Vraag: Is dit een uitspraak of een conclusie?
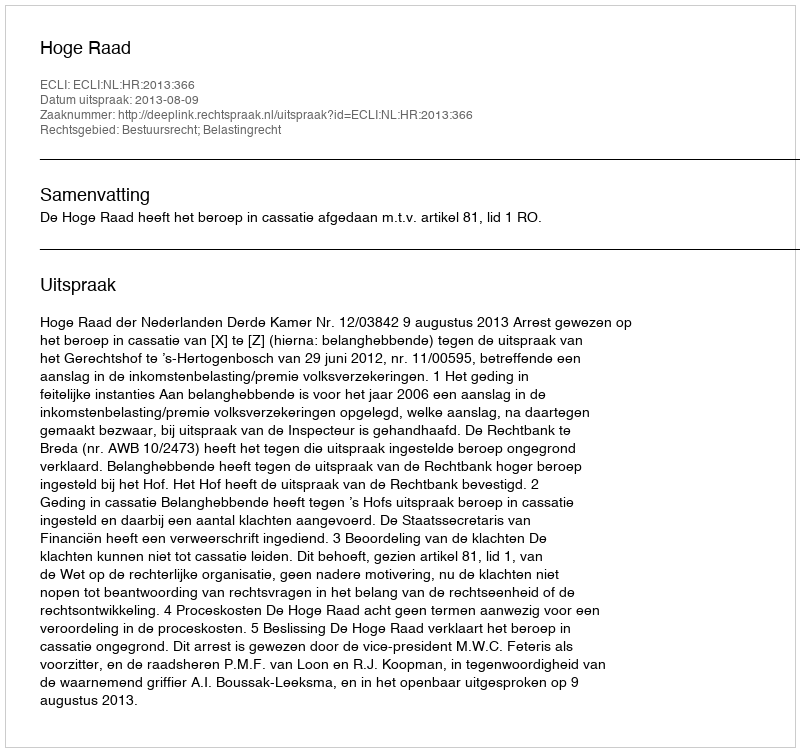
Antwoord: Uitspraak